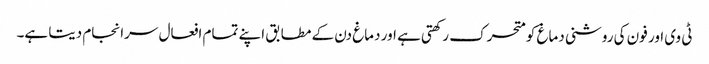
ٹی وی اور فون کی روشنی دماغ کو متحرک رکھتی ہے اور دماغ دن کے مطابق اپنے تمام افعال سرانجام دیتا ہے۔